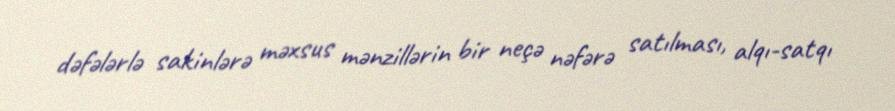
dəfələrlə sakinlərə məxsus mənzillərin bir neçə nəfərə satılması, alqı-satqı